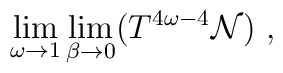
\lim_{\omega \to 1}\lim_{\beta \to 0} (T^{4\omega -4}{\cal N}) \ ,